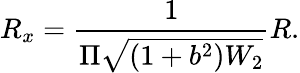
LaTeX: R_{x}=\frac{1}{\Pi\sqrt{(1+b^{2})W_{2}}}R.